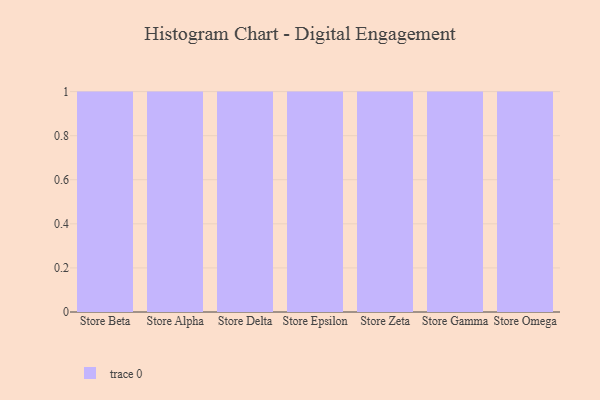
{"axis": {"x": "Store", "y": "Energy Usage (MWh)"}, "legend": [""], "data": [{"x": "Store Beta", "y": 65, "type": ""}, {"x": "Store Alpha", "y": 66, "type": ""}, {"x": "Store Delta", "y": 26, "type": ""}, {"x": "Store Epsilon", "y": 40, "type": ""}, {"x": "Store Zeta", "y": 36, "type": ""}, {"x": "Store Gamma", "y": 99, "type": ""}, {"x": "Store Omega", "y": 28, "type": ""}]}